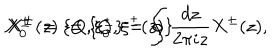
LaTeX: X _ { 0 } ^ { \pm } : = \{ Q , \xi _ { 0 } ^ { \pm } \} = \oint \frac { d z } { 2 \pi i z } X ^ { \pm } ( z ) , \hspace { 1 c m } X ^ { \pm } ( z ) : = \{ Q , \xi ^ { \pm } ( z ) \}